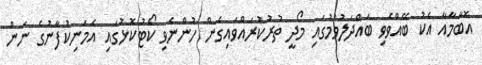
އޮބާމާއާ އެކު ބޭއްވެވި ބައްދަލުވުމުގައި މޯދީ ތުރުކުރައްވައިގެން ހުންނެވި ކޯޓުކޮޅުގައި އެމަނިކުފާނުގެ ނަން